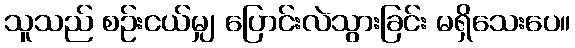
သူသည် စဉ်းငယ်မျှ ပြောင်းလဲသွားခြင်း မရှိသေးပေ။